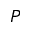
P